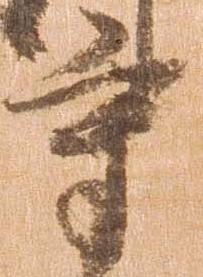
守